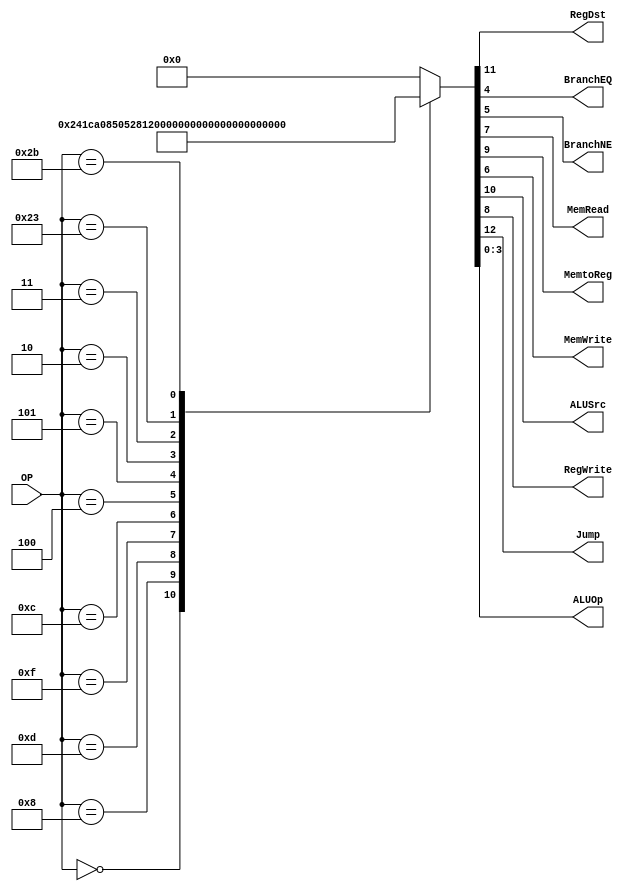
/******************************************************************
* Description
*	This is control unit for the MIPS processor. The control unit is 
*	in charge of generation of the control signals. Its only input 
*	corresponds to opcode from the instruction.
*	1.0
* Author:
*	Dr. Jos Luis Pizano Escalante
* email:
*	luispizano@iteso.mx
* Date:
*	01/03/2014
******************************************************************/
module Control
(
	input [5:0]OP,
	
	output RegDst,
	output BranchEQ,
	output BranchNE,
	output MemRead,
	output MemtoReg,
	output MemWrite,
	output ALUSrc,
	output RegWrite,
	output Jump,
	output [3:0]ALUOp
);

localparam R_Type = 0;
localparam I_Type_ADDI = 6'h08;
localparam I_Type_ORI  = 6'h0d;
localparam I_Type_LUI  = 6'h0f;
localparam I_Type_ANDI = 6'h0c;
localparam I_Type_BEQ  = 6'h04;
localparam I_Type_BNE  = 6'h05;
localparam J_Type_J    = 6'h02;
localparam J_Type_JAL  = 6'h03;
localparam SW 			  = 6'h2b;
localparam LW          = 6'h23;

reg [12:0] ControlValues;

always@(OP) begin
	casex(OP)
		R_Type:       ControlValues = 13'b01_001_00_00_0111; //7
		I_Type_ADDI:  ControlValues = 13'b00_101_00_00_0100; // 4
		I_Type_ORI:   ControlValues = 13'b00_101_00_00_0101; // 5
		I_Type_LUI:   ControlValues = 13'b00_101_00_00_0010;// 2
		I_Type_ANDI:  ControlValues = 13'b00_101_00_00_0011;// 3
		I_Type_BEQ:	  ControlValues = 13'b00_000_00_01_0001;// 1
		I_Type_BNE:	  ControlValues = 13'b00_000_00_10_0001;// 1
		J_Type_J:	  ControlValues = 13'b10_000_00_00_0000;// 0
		J_Type_JAL:	  ControlValues = 13'b10_001_00_00_0110;// 6
		
		LW:			  ControlValues = 13'b00_111_10_00_1000;// 8
	
		SW:			  ControlValues = 13'b00_000_01_00_1001;// 9
		default:
			ControlValues = 12'b000_000_000_000;
		endcase
end	

assign Jump     = ControlValues[12];
assign RegDst   = ControlValues[11];
assign ALUSrc   = ControlValues[10];
assign MemtoReg = ControlValues[9];
assign RegWrite = ControlValues[8];
assign MemRead  = ControlValues[7];
assign MemWrite = ControlValues[6];
assign BranchNE = ControlValues[5];
assign BranchEQ = ControlValues[4];
assign ALUOp    = ControlValues[3:0];	

endmodule